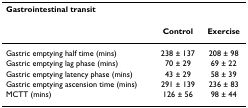
| Gastrointestinal transit |  |  |
 |  | Control | Exercise |
 | --- | --- | --- |
 | Gastric emptying half time (mins) | 238 ± 137 | 208 ± 98 |
 | Gastric emptying lag phase (mins) | 70 ± 29 | 69 ± 22 |
 | Gastric emptying latency phase (mins) | 43 ± 29 | 58 ± 39 |
 | Gastric emptying ascension time (mins) | 291 ± 139 | 236 ± 83 |
 | MCTT (mins) | 126 ± 56 | 98 ± 44 |